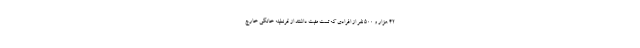
۴۲ هزار و ۵۰۰ نفر از افرادی که تست مثبت داشتند از قرنطینه خانگی خارج